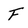
Character: F